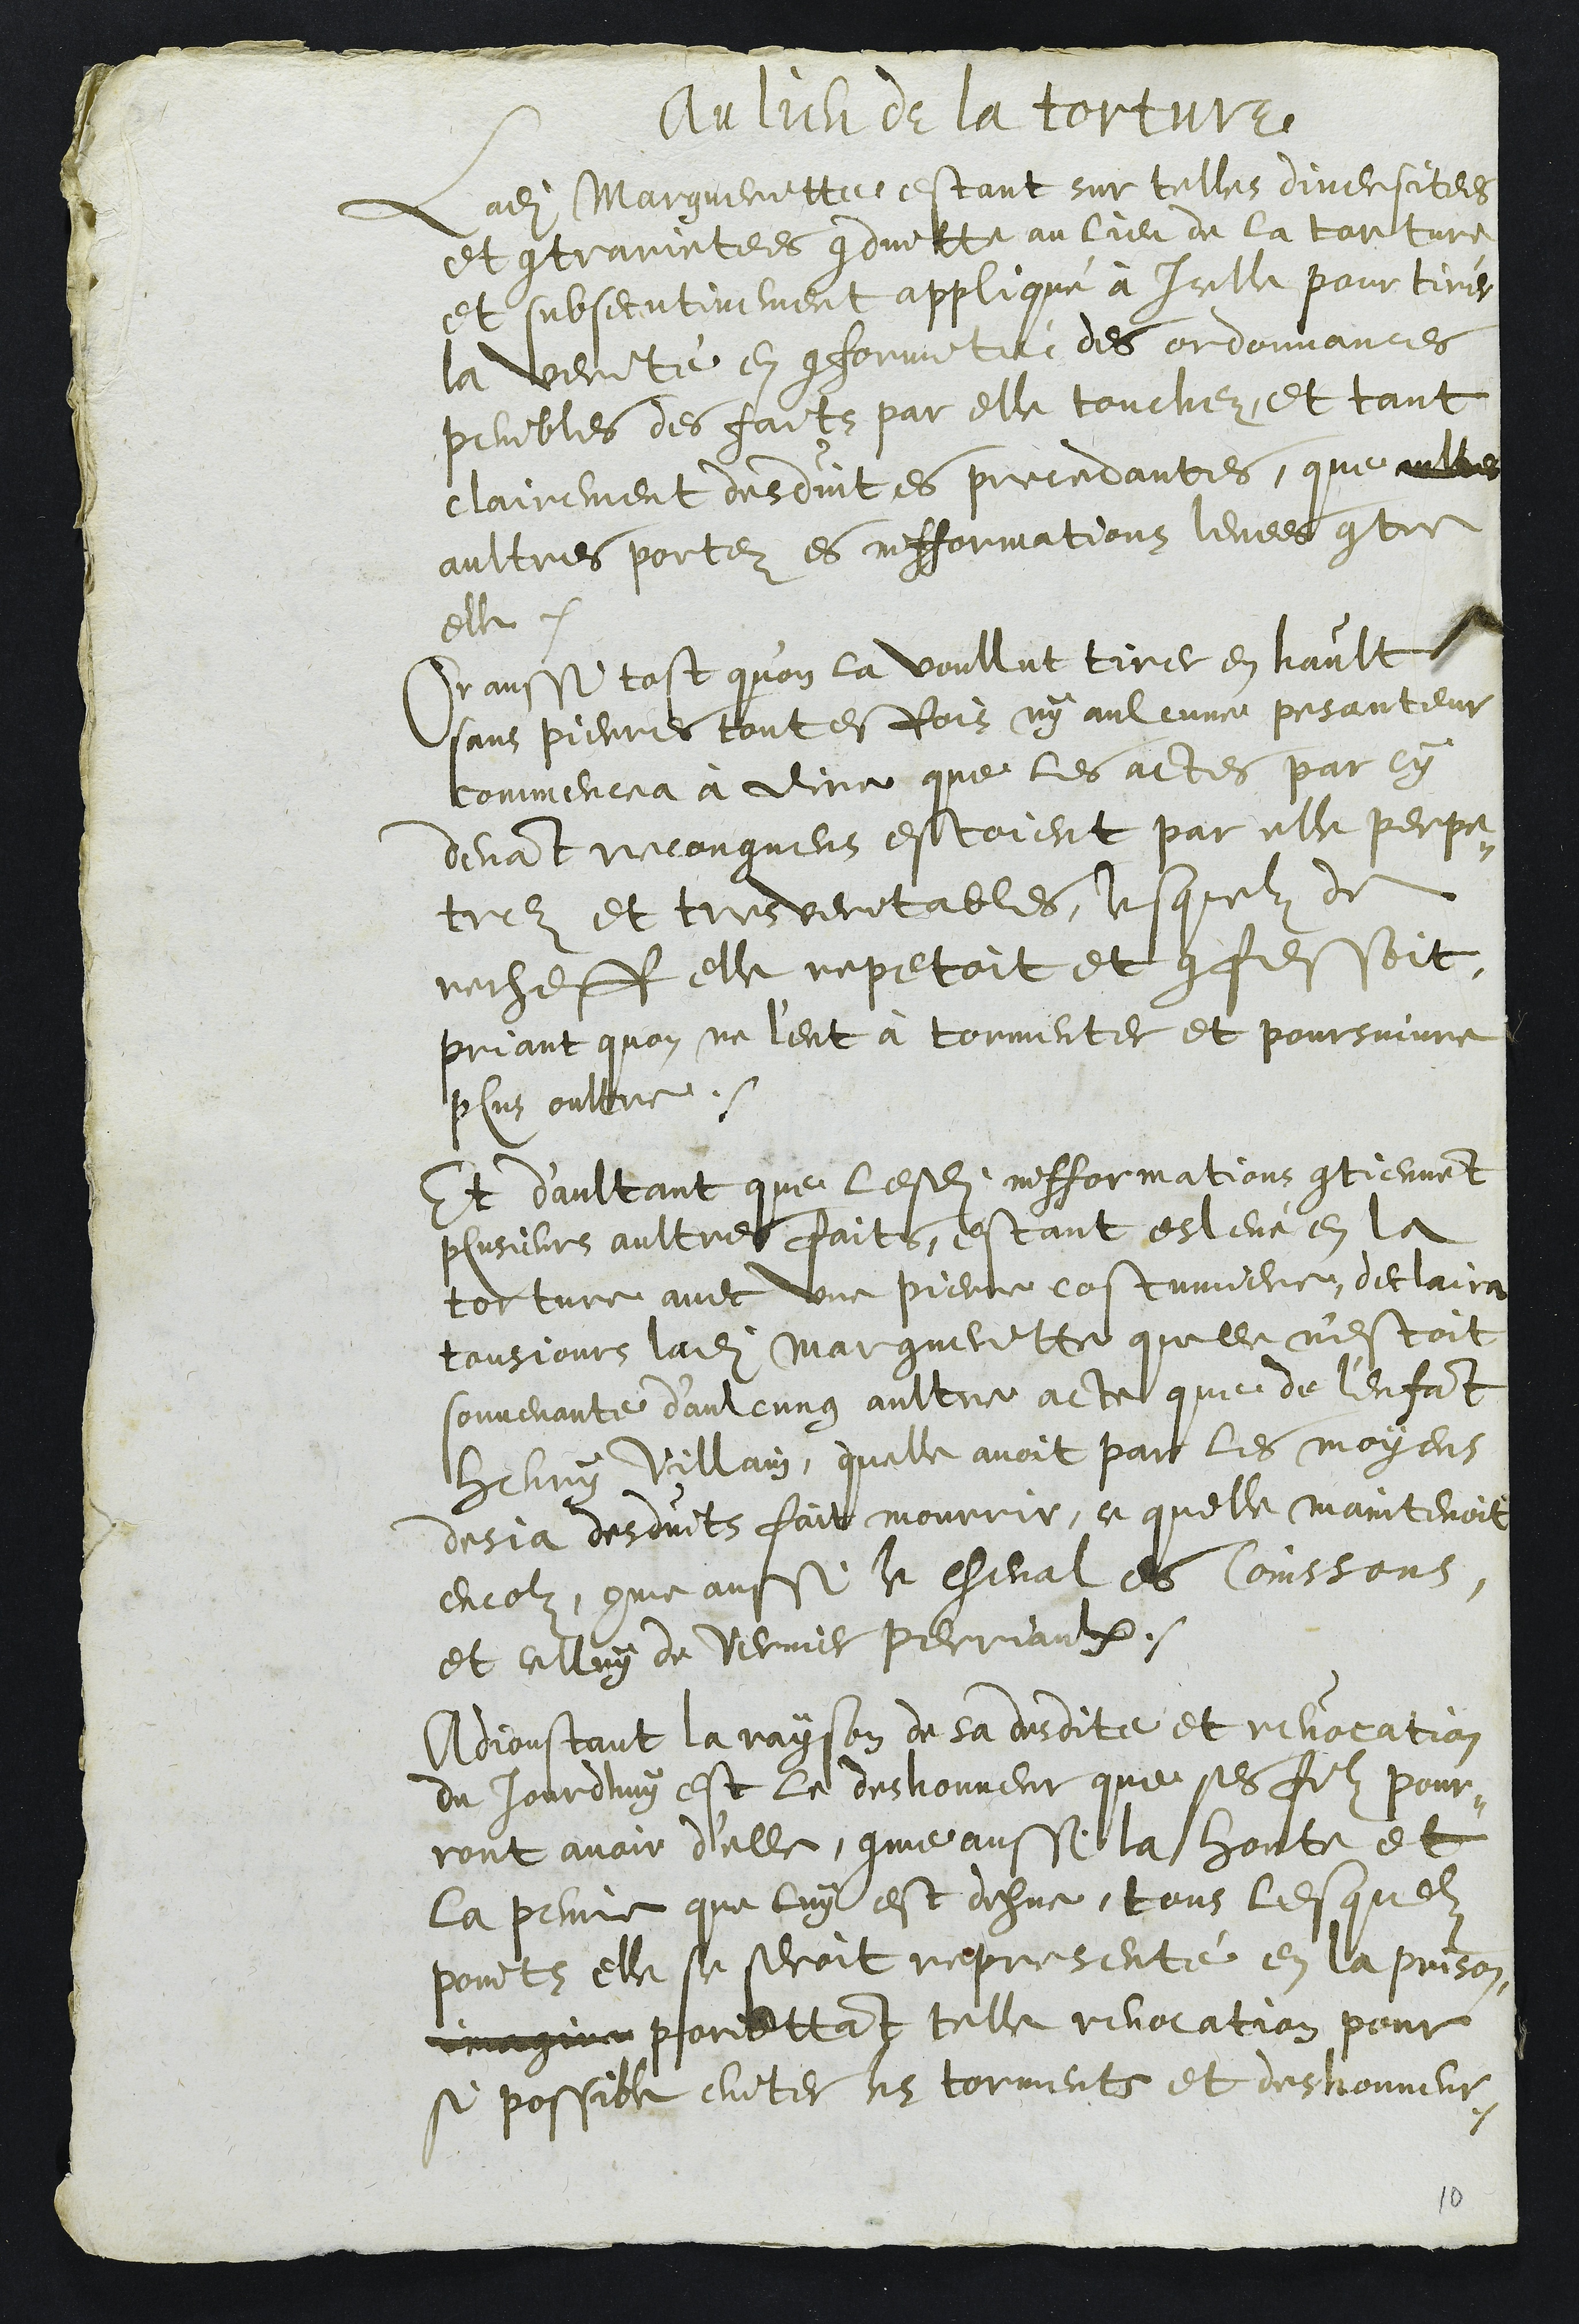
Au lieu de la torture
Ladite Margueritte, estant sur telles diversitees
et contrarietees conduitte au lieu de la torture
et subsecutivement appliqué à Icelle pour tirer
la verité en conformité des ordonnances
penibles des faitz par elle touchez, et tant
clairement desduit es precedantes que aultres
aultres portez es infformations levees contre
elle
Or aussi tost qu’on la voullut tirer en hault
sans pierres toutesfois ny aulcune pesanteur
commencea à dire que les actes par cy
devant recongneus estoient par elle perpe¬
trez et tres veritables, lesquelz de
recheff elle repetoit et confessoit
priant quon ne l'eut à tourmenter et poursuivre
plus oultre.
Et d'aultant que lesdites infformations contiennent
plusieurs aultres faits, estant eslevé en la
torture avec une pierre costumiere, declaira
tousjours ladite Margueritte quelle n'estoit
souvenante d’aulcung aultre acte que de l’enfant
Henry Villain, quelle avoit par les moyens
desja desduits fait mourrir, ce quelle maintenoit
encolz, come aussi le cheval es Coinssons,
et celluy de Vernier Perriaulx
Adjoustant la rayson de sa desdite et revocation
du jourdhuy est le deshonneur que ses filz pour¬
ront avoir d'elle, comme aussi la honte et
la peine que luy est dehue, tous lesquelz
points elle se seroit representé en la prison
imagine promettant telle revocation pour
si possible eviter les torments et deshonneur